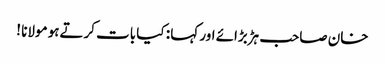
خان صاحب ہڑبڑائے اور کہا : کیا بات کرتےہو مولانا !